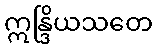
ဣန္ဒြိယသတေ